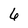
Character: 6